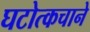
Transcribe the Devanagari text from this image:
घटोत्कचाने